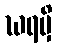
ဃရမှိ